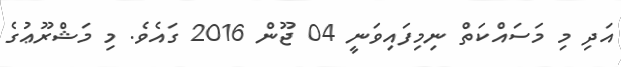
އަދި މި މަސައްކަތް ނިމިފައިވަނީ 04 ޖޫން 2016 ގައެވެ. މި މަޝްރޫޢުގެ